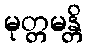
မုတ္တမန္တိ